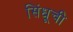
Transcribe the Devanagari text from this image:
सिंधूची